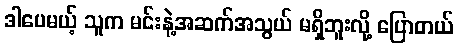
ဒါပေမယ့် သူက မင်းနဲ့အဆက်အသွယ် မရှိဘူးလို့ ပြောတယ်